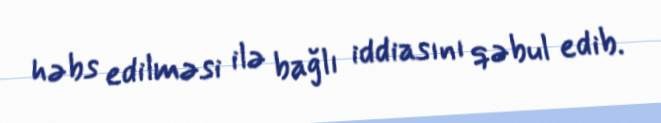
həbs edilməsi ilə bağlı iddiasını qəbul edib.